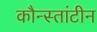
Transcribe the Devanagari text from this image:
कौन्स्तांटीन